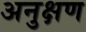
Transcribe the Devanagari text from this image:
अनुक्षण